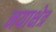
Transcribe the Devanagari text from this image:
नयाक्षेत्र